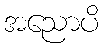
အညောပိ